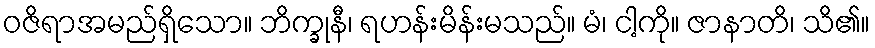
ဝဇိရာအမည်ရှိသော။ ဘိက္ခုနီ၊ ရဟန်းမိန်းမသည်။ မံ၊ ငါ့ကို။ ဇာနာတိ၊ သိ၏။